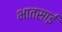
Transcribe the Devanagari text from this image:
भातसाई